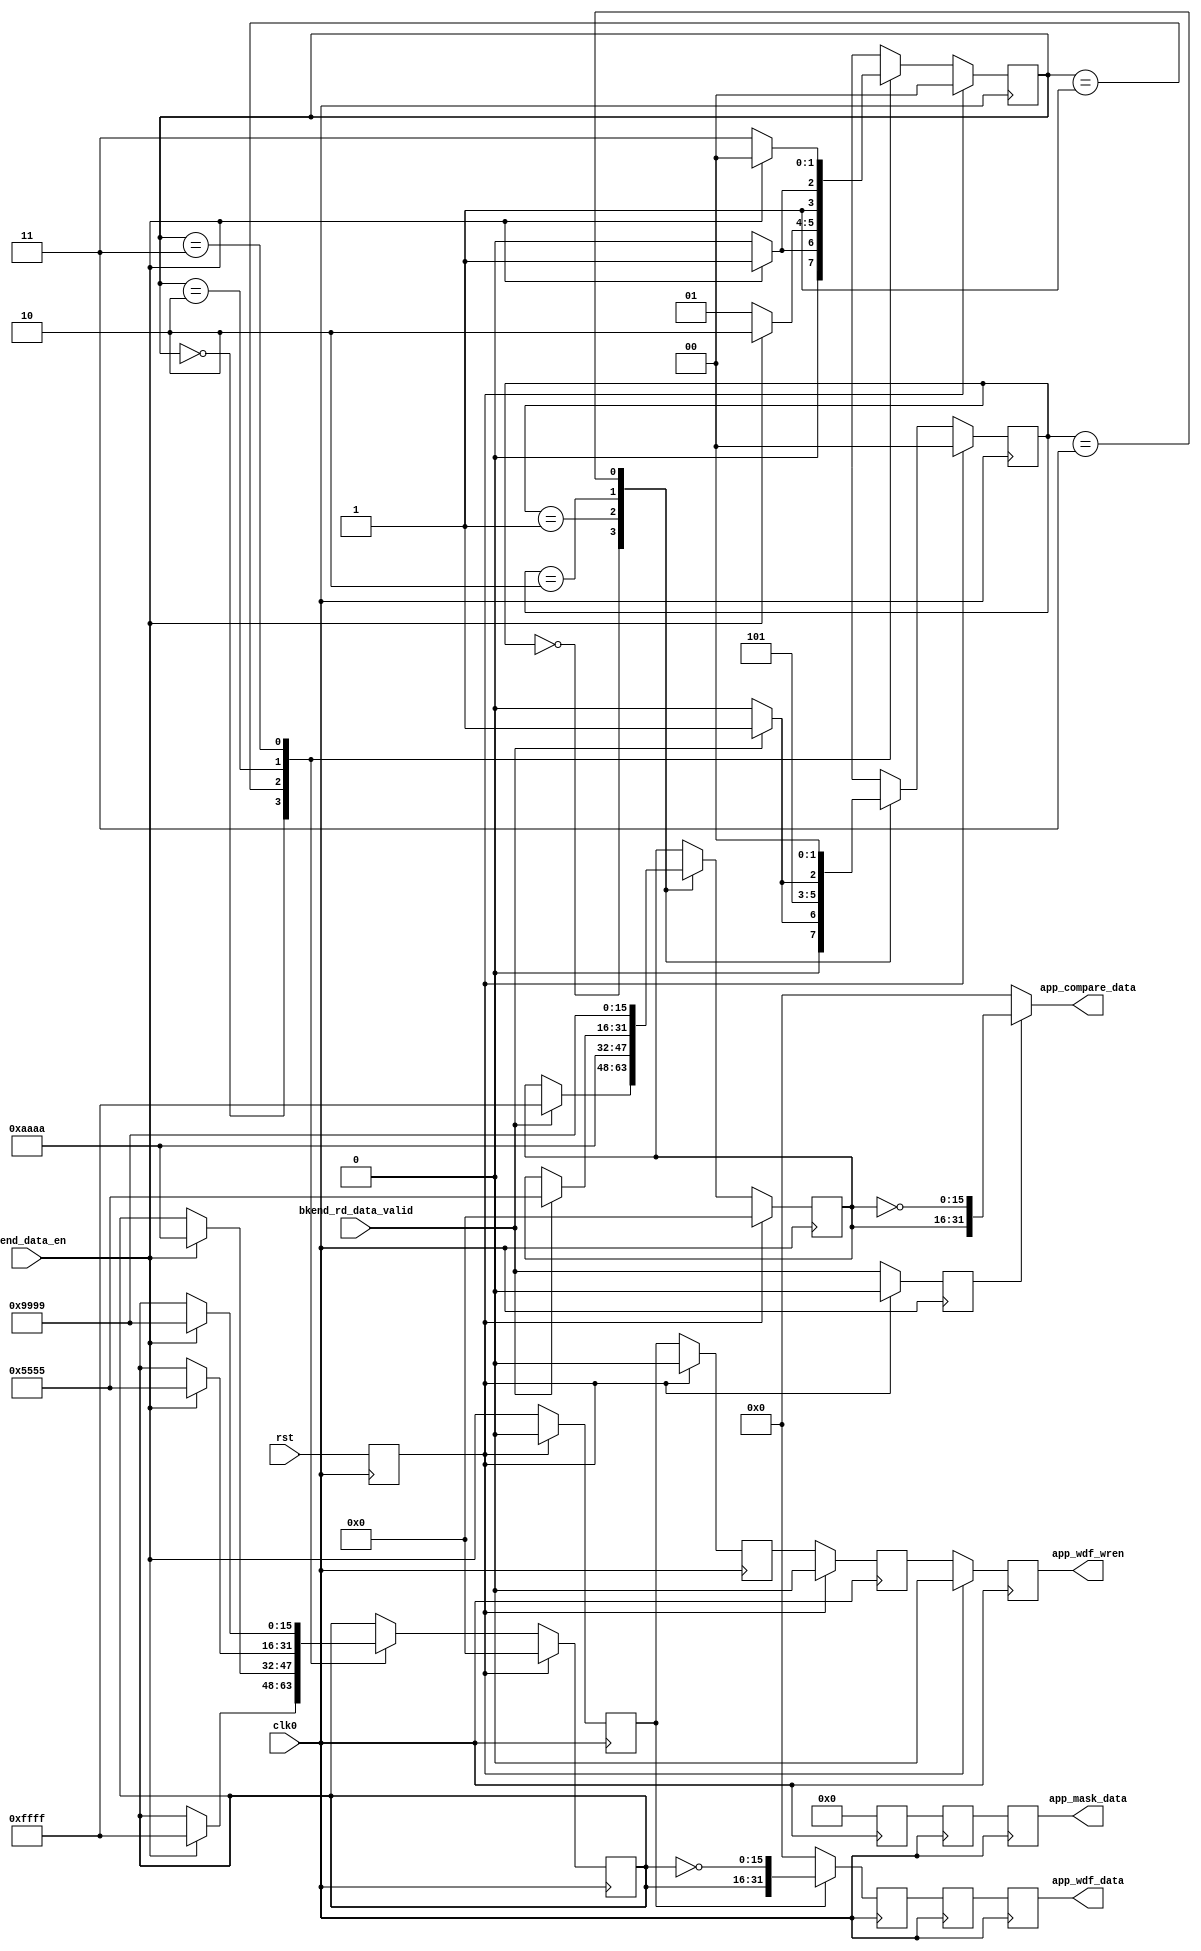
`timescale 1ns/1ps

module DDR2_data_gen_16
  (
   input             clk0,
   input             rst,
   // enables signals from state machine
   input             bkend_data_en,
   input             bkend_rd_data_valid,
   // write data fifo signals
   output reg [31:0] app_wdf_data,
   output reg [3:0]  app_mask_data,
   // data for the backend compare logic
   output [31:0]     app_compare_data,
   output reg        app_wdf_wren
   ) /* synthesis syn_preserve=1 */;

   localparam     WR_IDLE_FIRST_DATA   =  2'b00;
   localparam     WR_SECOND_DATA       =  2'b01;
   localparam     WR_THIRD_DATA        =  2'b10;
   localparam     WR_FOURTH_DATA       =  2'b11;

   localparam     RD_IDLE_FIRST_DATA   =  2'b00;
   localparam     RD_SECOND_DATA       =  2'b01;
   localparam     RD_THIRD_DATA        =  2'b10;
   localparam     RD_FOURTH_DATA       =  2'b11;

   reg [1:0]      wr_state;
   reg [1:0]      rd_state;
   reg [15:0]     wr_data_pattern ;
   reg [15:0]     rd_data_pattern ;

   reg            app_wdf_wren_r;
   reg            app_wdf_wren_2r;
   reg            app_wdf_wren_3r;
   reg            bkend_rd_data_valid_r;

   wire [31:0]    app_wdf_data_r ;
   reg [31:0]     app_wdf_data_1r ;
   reg [31:0]     app_wdf_data_2r ;

   wire [3:0]     app_mask_data_r ;
   reg [3:0]      app_mask_data_1r ;
   reg [3:0]      app_mask_data_2r ;

   wire [15:0]    rd_rising_edge_data;
   wire [15:0]    rd_falling_edge_data;
   wire [1:0]     wr_data_mask_fall;
   wire [1:0]     wr_data_mask_rise;

   reg            rst_r1
                  /* synthesis syn_preserve=1 */;

   //***************************************************************************

   assign         wr_data_mask_rise = 2'd0;
   assign         wr_data_mask_fall = 2'd0;

   // synthesis attribute equivalent_register_removal of rst_r1 is "no";
   always @( posedge clk0 )
     rst_r1 <= rst;

   // DATA generation for WRITE DATA FIFOs & for READ DATA COMPARE

   // write data generation
   always @ (posedge clk0) begin
      if (rst_r1) begin
         wr_data_pattern[15:0] <= 16'h0000;
         wr_state <= WR_IDLE_FIRST_DATA;
      end
      else begin
         case (wr_state)
           WR_IDLE_FIRST_DATA :  begin
              if (bkend_data_en == 1'b1) begin
                 wr_data_pattern[15:0] <= 16'hFFFF;
                 wr_state <= WR_SECOND_DATA;
              end
              else
                wr_state <= WR_IDLE_FIRST_DATA;
           end

           WR_SECOND_DATA :      begin
              if (bkend_data_en == 1'b1) begin
                 wr_data_pattern[15:0] <= 16'hAAAA;
                 wr_state <= WR_THIRD_DATA;
              end
              else
                wr_state <= WR_SECOND_DATA;
           end

           WR_THIRD_DATA :       begin
              if (bkend_data_en == 1'b1) begin
                 wr_data_pattern[15:0] <= 16'h5555;
                 wr_state <= WR_FOURTH_DATA;
              end
              else
                wr_state <= WR_THIRD_DATA;
           end

           WR_FOURTH_DATA :      begin
              if (bkend_data_en == 1'b1) begin
                 wr_data_pattern[15:0] <= 16'h9999;
                 wr_state <= WR_IDLE_FIRST_DATA;
              end
              else
                wr_state <= WR_FOURTH_DATA;
           end
         endcase
      end
   end

   assign app_wdf_data_r[31:0] = (app_wdf_wren_r) ? {wr_data_pattern[15:0],
                                                     ~wr_data_pattern[15:0]} :
                                 32'h00000000;

   assign app_mask_data_r[3:0] = (app_wdf_wren_r) ? {wr_data_mask_rise[1:0],
                                                     wr_data_mask_fall[1:0]} :
                                 4'h0;

   always @ (posedge clk0) begin
      app_wdf_data_1r <= app_wdf_data_r ;
      app_wdf_data_2r <= app_wdf_data_1r;
      app_wdf_data    <= app_wdf_data_2r;
   end

   always @ (posedge clk0) begin
      app_mask_data_1r <= app_mask_data_r ;
      app_mask_data_2r <= app_mask_data_1r;
      app_mask_data    <= app_mask_data_2r;
   end

   always @ (posedge clk0) begin
      if (rst_r1) begin
         app_wdf_wren_r  <= 1'b0;
         app_wdf_wren_2r <= 1'b0;
         app_wdf_wren_3r <= 1'b0;
         app_wdf_wren    <= 1'b0;
      end
      else begin
         app_wdf_wren_r  <= bkend_data_en;
         app_wdf_wren_2r <= app_wdf_wren_r;
         app_wdf_wren_3r <= app_wdf_wren_2r;
         app_wdf_wren    <= app_wdf_wren_3r;
      end
   end

   always @ (posedge clk0) begin
      if (rst_r1)
        bkend_rd_data_valid_r <= 1'b0;
      else
        bkend_rd_data_valid_r <= bkend_rd_data_valid;
   end

   // read comparison data generation
   always @ (posedge clk0) begin
      if (rst_r1) begin
         rd_data_pattern[15:0] <= 16'h0000;
         rd_state <= RD_IDLE_FIRST_DATA;
      end
      else begin
         case (rd_state)

           RD_IDLE_FIRST_DATA :  begin
              if (bkend_rd_data_valid) begin
                 rd_data_pattern[15:0] <= 16'hFFFF;
                 rd_state <= RD_SECOND_DATA;
              end
              else
                rd_state <= RD_IDLE_FIRST_DATA;
           end

           RD_SECOND_DATA :      begin
              rd_data_pattern[15:0] <= 16'hAAAA;
              rd_state <= RD_THIRD_DATA;
           end

           RD_THIRD_DATA :      begin
              if (bkend_rd_data_valid) begin
                 rd_data_pattern[15:0] <= 16'h5555;
                 rd_state <= RD_FOURTH_DATA;
              end
              else
                rd_state <= RD_THIRD_DATA;
           end

           RD_FOURTH_DATA :     begin
              rd_data_pattern[15:0] <= 16'h9999;
              rd_state <= RD_IDLE_FIRST_DATA;
           end

         endcase
      end
   end

   assign rd_rising_edge_data[15:0]  = { rd_data_pattern[15:0]};
   assign rd_falling_edge_data[15:0] = { ~rd_data_pattern[15:0]};

   //data to the compare circuit during read
   assign app_compare_data =(bkend_rd_data_valid_r)?{rd_rising_edge_data[15:0],
                                                     rd_falling_edge_data[15:0]}
                            : 32'h00000000;

endmodule